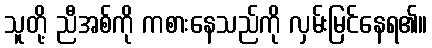
သူတို့ ညီအစ်ကို ကစားနေသည်ကို လှမ်းမြင်နေရ၏။